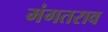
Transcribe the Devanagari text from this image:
मंगतराव